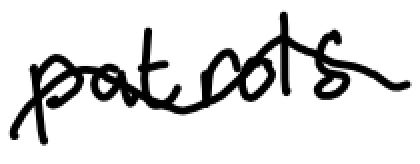
Text: patrols
Cross-out: wave
Writing tool: digital_black